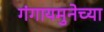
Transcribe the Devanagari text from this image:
गंगायमुनेच्या